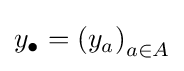
y_{\bullet }=\left(y_{a}\right)_{a\in A}